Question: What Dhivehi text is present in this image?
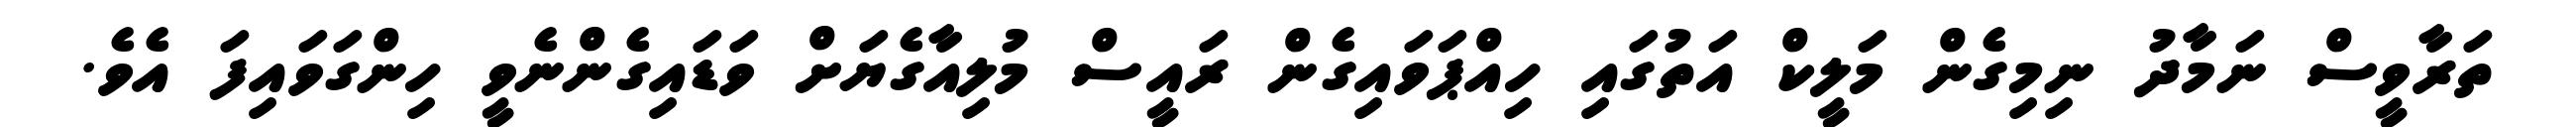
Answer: ތަރާވީސް ނަމާދު ނިމިގެން މަލީކް އަތުގައި ހިއްޕަވައިގެން ރައީސް މުލިއާގެޔަށް ވަޑައިގެންނެވީ ހިންގަވައިފަ އެވެ.